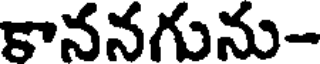
కాననగును-